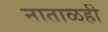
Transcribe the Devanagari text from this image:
नाताळही